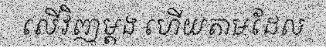
លើវិញម្តង ហើយតាមដែល